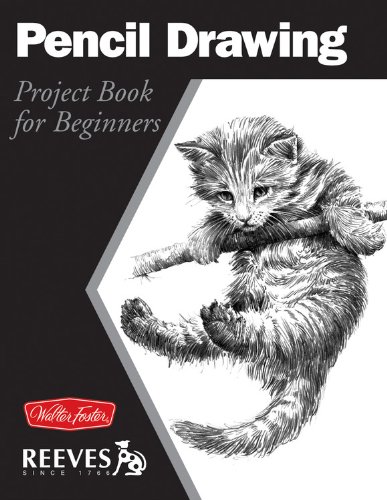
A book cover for Pencil Drawing: Project book for beginners (WF /Reeves Getting Started); Michael Butkus; Arts & Photography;